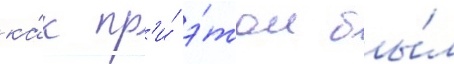
ка́к пр'и́ э́том бы́л